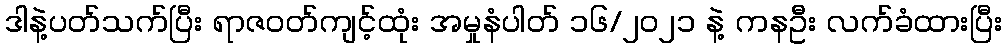
ဒါနဲ့ပတ်သက်ပြီး ရာဇဝတ်ကျင့်ထုံး အမှုနံပါတ် ၁၆/၂၀၂၁ နဲ့ ကနဦး လက်ခံထားပြီး